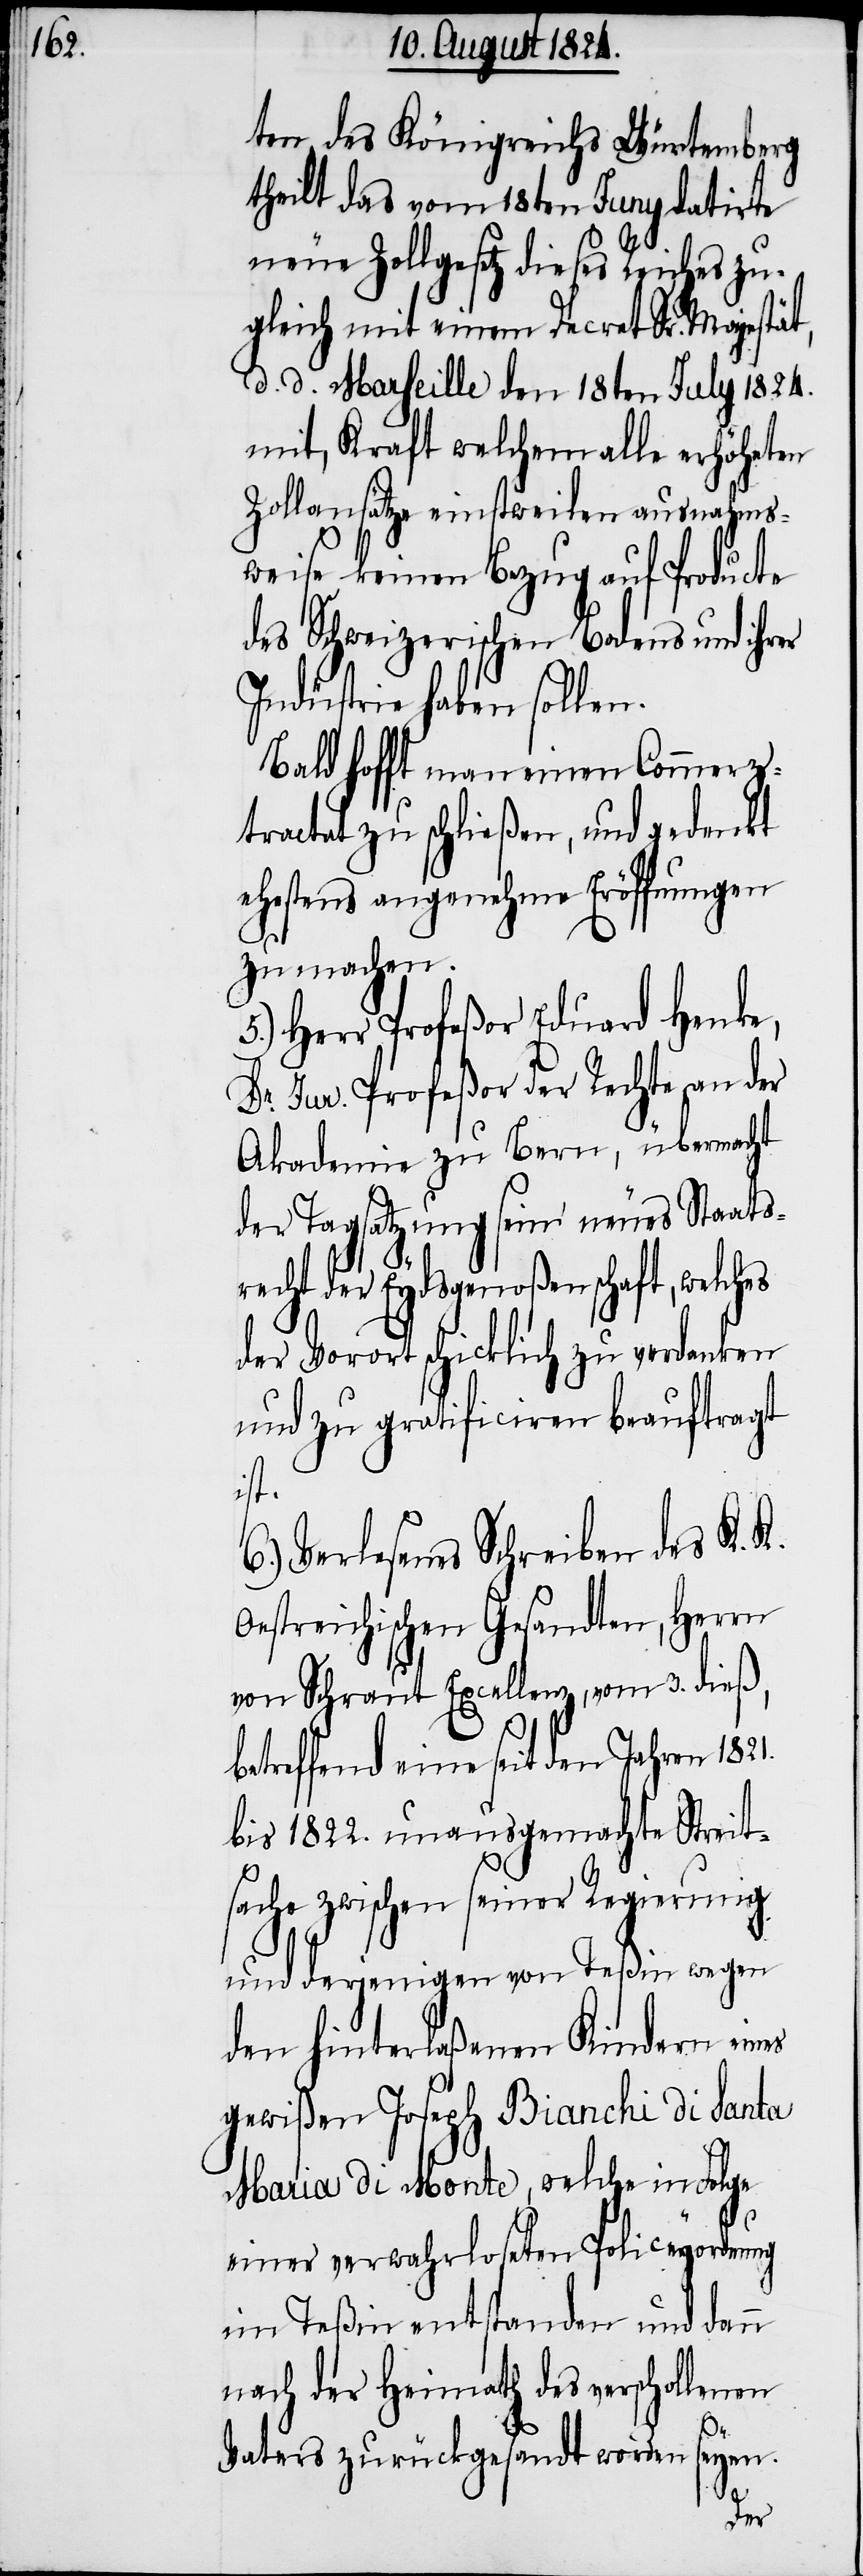
ten des Königreichs Würtemberg
theilt das vom 18ten Juny datirte
neue Zollgesetz dieses Reiches zu¬
gleich mit einem Decret Sr. Majestät,
d. d. Marseille den 18ten July 1824,
mit, Kraft welchem alle erhöhten
Zollansätze einstweilen ausnahms¬
weise keinen Bezug auf Producte
des Schweizerischen Bodens und ihrer
Industrie haben sollen.
Bald hofft man einen Commerz¬
tractat zu schließen, und gedenkt
ehestens angenehme Eröffnungen
zu machen.
5.) Herr Profeßor Eduart Henke,
Dr. Jur. Profeßor der Rechte an der
Akademie zu Bern, übermacht
der Tagsatzung sein neues Staats¬
recht der Eydsgenoßenschaft, welches
der Vorort schicklich zu verdanken
und zu gratificiren beauftragt
ist.
6.) Verlesenes Schreiben des K. K.
Oestreichischen Gesandten, Herrn
von Schaut Excellenz, vom 3. dieß,
betreffend eine seit den Jahren 1821.
bis 1822. unausgemachte Streit¬
sache zwischen seiner Regierung
und derjenigen von Teßin wegen
den hinterlaßenen Kindern eines
gewißen Joseph Bianchi di Santa
Maria di Monte, welche in Folge
einer verwahrloseten Policeyordnung
im Teßin entstanden und dann
nach der Heimath des verschollenen
Vaters zurückgesandt worden seyen.